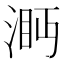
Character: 㴐